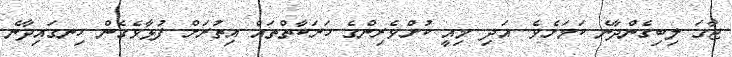
ޖާގަ ލިބިގެންދާނެ ކަމަށެވެ. އަދި މިއީ ކުށްވެރިންގެ ހަރަކާތްތައް އިތުރަށް ފުޅާވެގެން ހިނގައިދާނެ